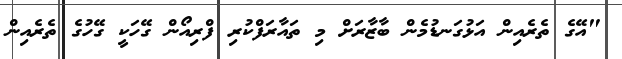
"އޭގެ ތެރެއިން އަޅުގަނޑުމެން ބާޒާރަށް މި ތައާރަފްކުރި ފްރިއޯން ގޭހަކީ ގޭހުގެ ތެރެއިން